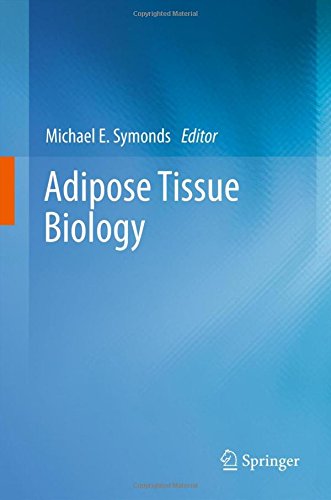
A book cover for Adipose Tissue Biology; Medical Books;